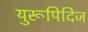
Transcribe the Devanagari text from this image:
युरूपिदिज